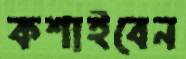
কশাইবেন